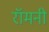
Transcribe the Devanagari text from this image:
रॉमनी